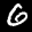
Label: 6